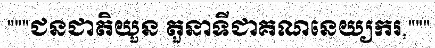
"""ជនជាតិយួន តួនាទីជាគណនេយ្យករ,"""